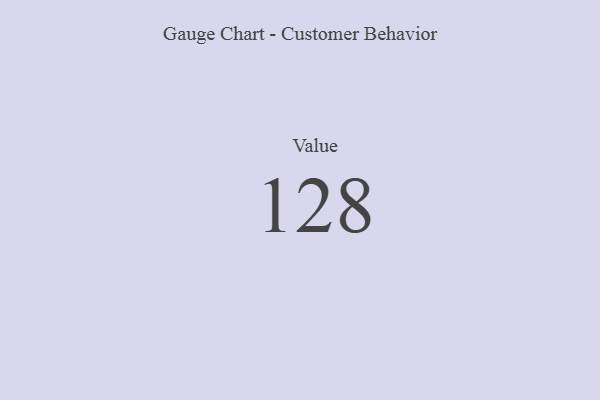
{"axis": {"x": "Metric", "y": "Value"}, "legend": [""], "data": [{"x": "Value", "y": 128, "type": ""}]}